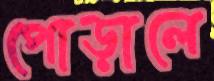
পোড়ালে